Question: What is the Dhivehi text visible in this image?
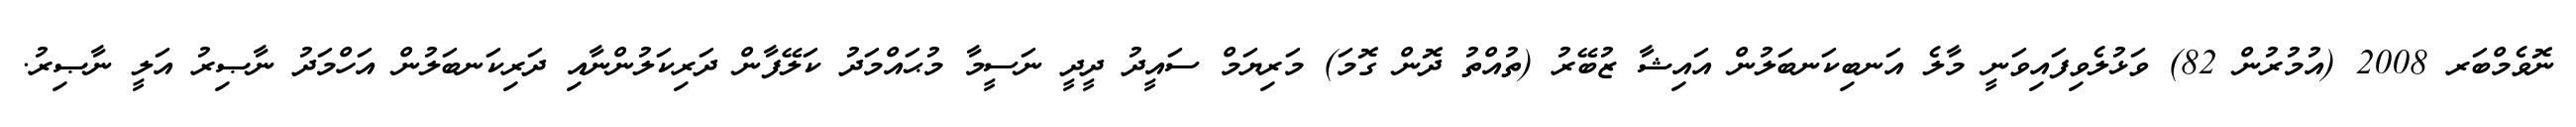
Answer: ނޮވެމްބަރ 2008 (އުމުރުން 82) ވަޅުލެވިފައިވަނީ މާލެ އަނބިކަނބަލުން އައިޝާ ޒުބޭރު (ތުއްތު ދޮން ގޮމަ) މަރިޔަމް ސައީދު ދީދީ ނަސީމާ މުޙައްމަދު ކަލޭފާން ދަރިކަލުންނާއި ދަރިކަނބަލުން އަހްމަދު ނާޞިރު އަލީ ނާޞިރު.